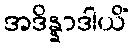
အဒိန္နာဒါယိံ